Scottish Leaving Certificate Examination, 1961
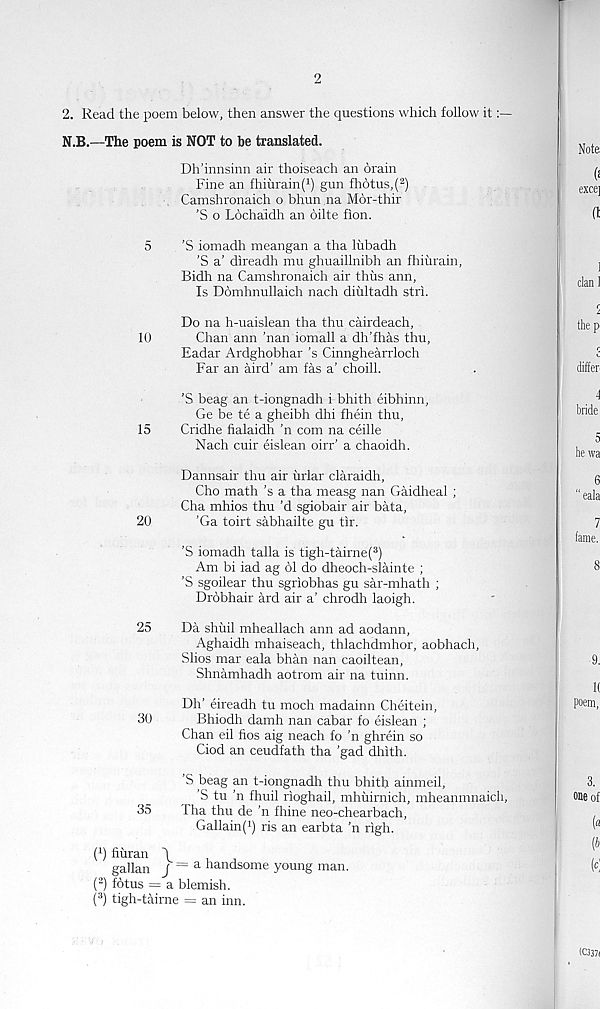
2
2. Read the poem below, then answer the questions which follow it
N.B.—The poem is NOT to be translated.
Dh’innsinn air thoiseach an drain
Fine an fhiurain( 1 ) gun fhotus,( 2 )
Camshronaich o bhun na Mor-thir
'S o Lochaidh an oilte fion.
5
'S iomadh meangan a tha lubadh
’S a’ direadh mu ghuaillnibh an fhiurain,
Bidh na Camshronaich air thus ann,
Is Domhnullaich nach diultadh stri.
Do na h-uaislean tha thu cairdeach,
10
Chan ann ’nan iomall a dh’fhas thu,
Eadar Ardghobhar’s Cinnghearrloch
Far an aird’ am fas a’ choill.
'S beag an t-iongnadh i bhith eibhinn,
Ge be te a gheibh dhi fhein thu,
15
Cridhe fialaidh ’n com na ceille
Nach cuir eislean oirr’ a chaoidh.
Dannsair thu air urlar claraidh,
Cho math’s a tha measg nan Gaidheal ;
Cha mhios thu’d sgiobair air bata,
20
'Ga toirt sabhailte gu tir.
’S iomadh talla is tigh-tairne( 3 )
Am bi iad ag 61 do dheoch-slainte ;
’S sgoilear thu sgriobhas gu sar-mhath ;
Drobhair ard air a’ chrodh laoigh.
25
Da shixil mheallach ann ad aodann,
Aghaidh mhaiseach, thlachdmhor, aobhach,
Slios mar eala bhan nan caoiltean,
Shnamhadh aotrom air na tuinn.
Dh’ eireadh tu moch madainn Cheitein,
30
Bhiodh damh nan cabar fo eislean ;
Chan eil fios aig neach fo ’n ghrein so
Ciod an ceudfath tha 'gad dhith.
’S beag an t-iongnadh thu bhith ainmeil,
’S tu ’n fhuil rioghail, mhuirnich, mheanmnaich,
35
lha thu de ’n fhine neo-chearbach,
Gallain( 1 ) ris an earbta ’n righ.
( 1 ) fiuran \
gallan J = a han dsome young man.
( 2 ) fotus = a blemish.
( 3 ) tigh-tairne = an inn.